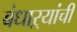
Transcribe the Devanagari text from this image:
बंधाऱ्यांची